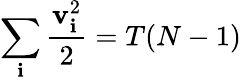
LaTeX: \sum_{\mathbf{i}}\frac{{\textbf{{v}}_{\mathbf{i}}^{2}}}{{2}}=T(N-1)